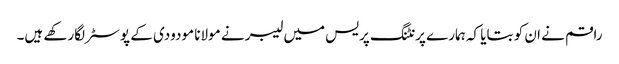
راقم نے ان کو بتایا کہ ہمارے پرنٹنگ پریس میں لیبر نے مولانا مودودی کے پوسٹر لگارکھے ہیں۔